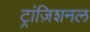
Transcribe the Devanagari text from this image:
ट्रांज़िशनल